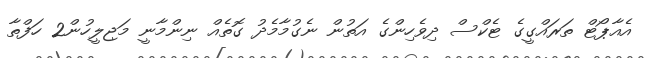
އެއާޕޯޓް ތަރައްގީގެ ޓެކްސް ދިވެހިންގެ އަތުން ނެގުމާމެދު ގޮތެއް ނިންމާނީ މަޖިލީހުން2 ހަފްތާ